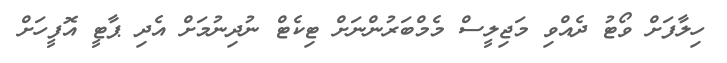
ހިލާފަށް ވޯޓު ދެއްވި މަޖިލީސް މެމްބަރުންނަށް ޓިކެޓް ނުދިނުމަށް އެދި ޕާޓީ އޮފީހަށް